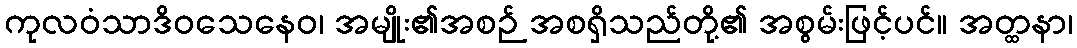
ကုလဝံသာဒိဝသေနေဝ၊ အမျိုး၏အစဉ် အစရှိသည်တို့၏ အစွမ်းဖြင့်ပင်။ အတ္ထနာ၊